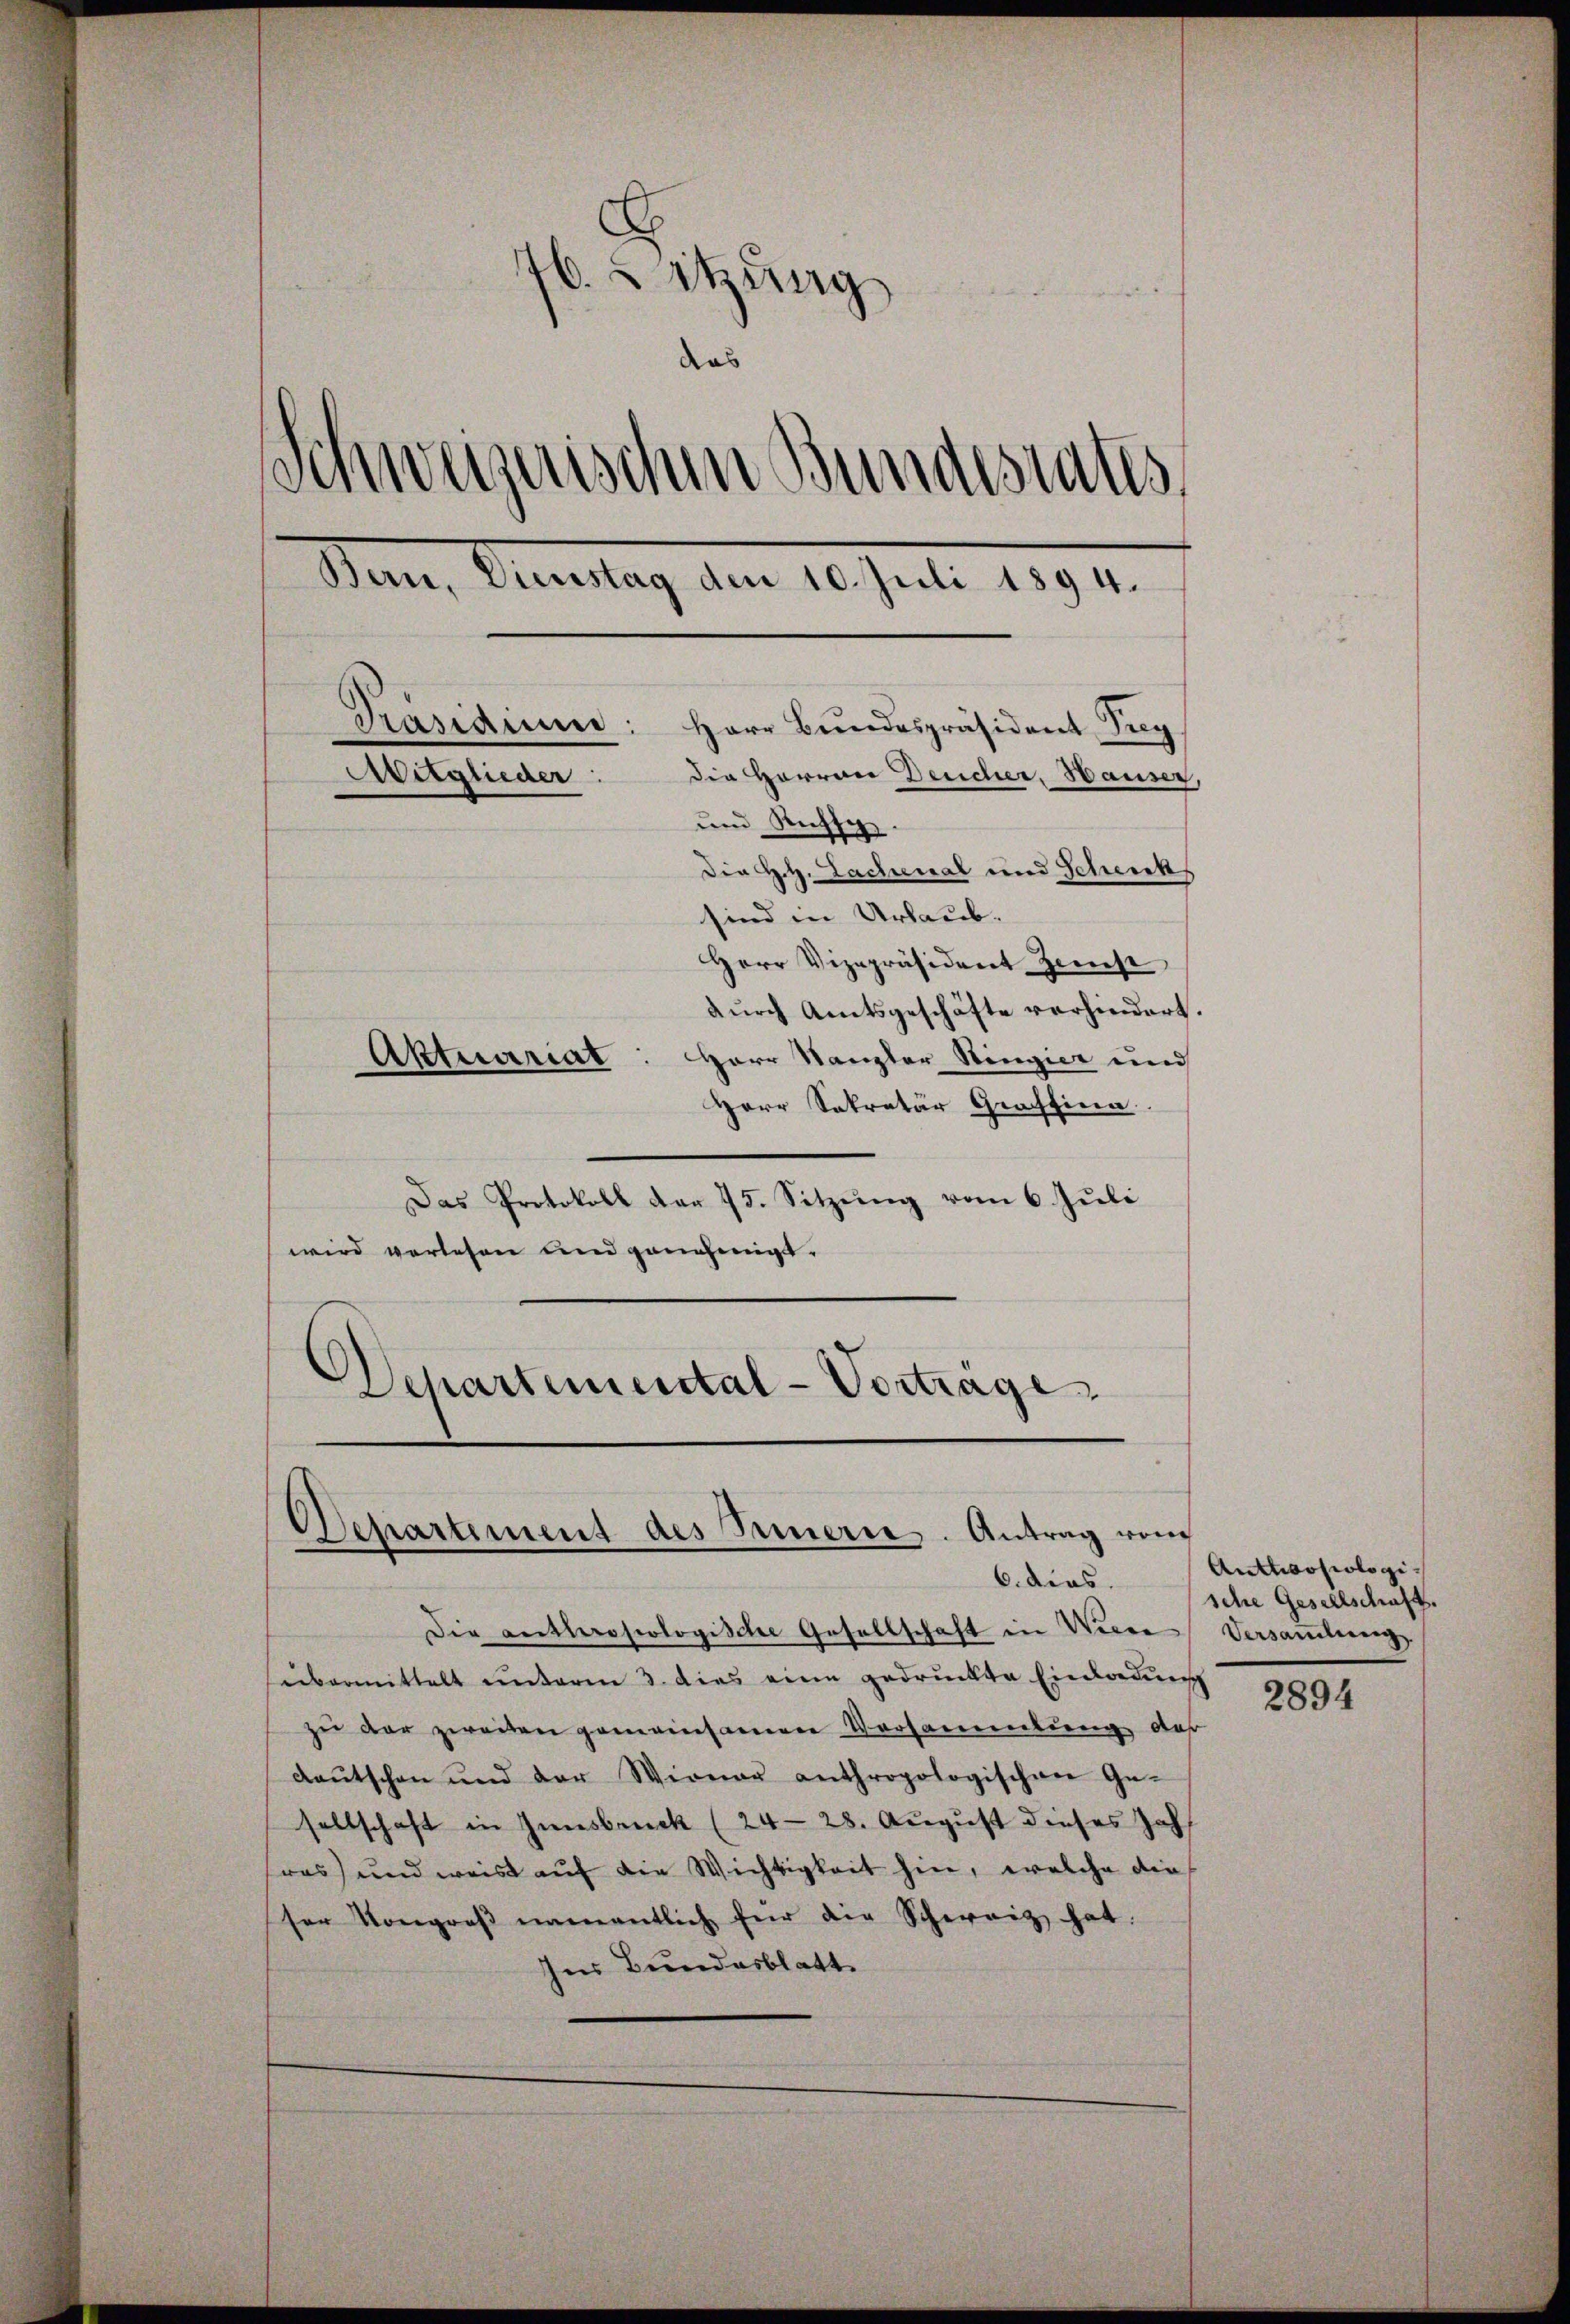
s
76. Sitzung
das
Schweizerischen Bundesrates
Maur, Amstag der 10. Juli 1891.
Präsidium: Herr Bundespräsident Prey
Die Herren Deucher, Hauser,
Aitglieder:
und Rechse.
Die H.H. Lachenal und Schenk
sind in Urlaub.
Herr Vizepräsident Zinst
dŭrch Amtsgeschäfte verhindert.
Aktuariat
Herr Kanzler Ringier und
Herr Sekretär Graffina

Das Protokoll der 75. Sitzung vom 6. Juli
wird vorlesen und genehmigt.
Dehartemental-Vortrage

Departement des Innern. Antrag vom
6. dies

Die anthropologische Gesellschaft in Werne
seibermittelt unterm 3. dies eine gedruckte Einladung
zŭ der zweiten gemeinsamen Versammlung das
daŭtschen und der Wiener anthropologischen Ge-
sellschaft in Innsbruck (24-28. August dieses Zahl
was) und weis auf die Wichtigkeit hin, welche die
ser Kongroβ namentlich für die Schweiz hat.
ser Bundesblatt

Antlwosiologische Gesellschaft.
Versammlung

2894